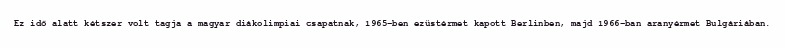
Ez idő alatt kétszer volt tagja a magyar diákolimpiai csapatnak, 1965-ben ezüstérmet kapott Berlinben, majd 1966-ban aranyérmet Bulgáriában.